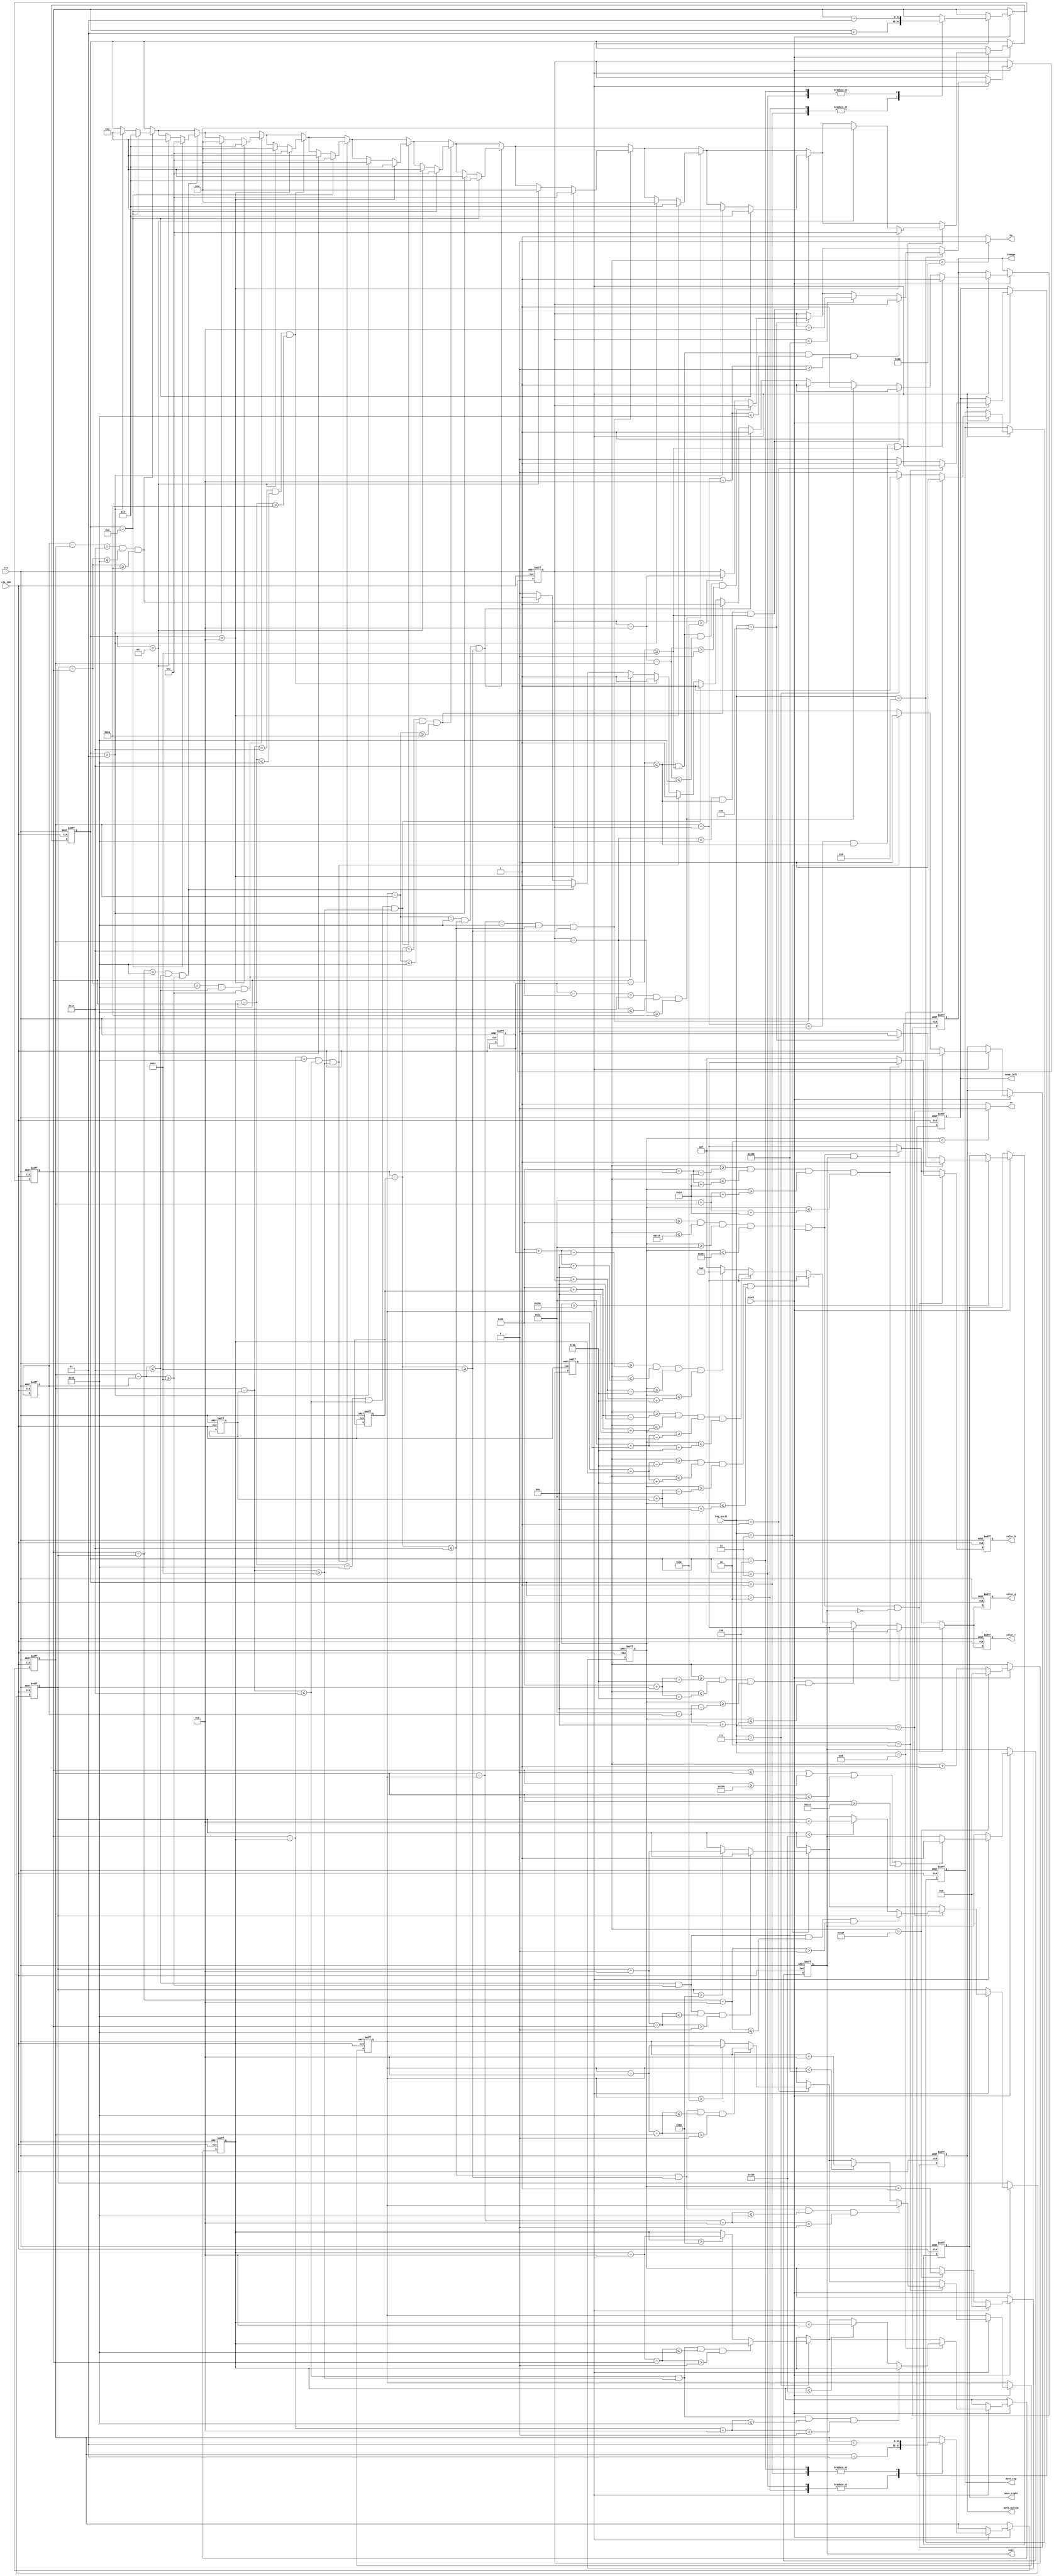
`timescale 1ns / 1ps
//////////////////////////////////////////////////////////////////////////////////
// Company: 
// Engineer: 
// 
// Create Date:
// Design Name: 
// Module Name: zyy_vga
// Project Name: 
// Target Devices: 
// Tool Versions: 
// Description: 
// 
// Dependencies: 
// 
// Revision:
// Revision 0.01 - File Created
// Additional Comments:
// 
//////////////////////////////////////////////////////////////////////////////////

module zyy_vga (clk_25M,rst,start,over,key_ascii,color_r,color_g,color_b,hs,vs,move_top,move_bottom,move_left,move_right,change);
input clk_25M;               // 25M
input rst;                   // 
input start;                 // 
output reg over;             // 
input [7:0] key_ascii;       // 
output reg [3:0] color_r;    // 
output reg [3:0] color_g;    // 
output reg [3:0] color_b;    // 
output hs;                   // 
output vs;                   // 

output reg move_top;            // 
output reg move_bottom;         // 
output reg move_left;           // 
output reg move_right;          // 
output reg change;              // 

// 
parameter HS_SYNC = 96;         // 
parameter HS_BACK = 48;         // 
parameter HS_ACTIVE = 640;      // 
parameter HS_FRONT = 16;        // 

parameter VS_SYNC = 2;          // 
parameter VS_BACK = 33;         // 
parameter VS_ACTIVE = 480;      // 
parameter VS_FRONT = 10;        // 

parameter TOTAL_ROWS = 525;     // 
parameter TOTAL_COLS = 800;     // 

wire law;                       // 
reg [11:0] h_cnt = 0;           // 
reg [11:0] v_cnt = 0;           // 

// 
assign hs = (h_cnt < HS_SYNC)? 0 : 1;
assign vs = (v_cnt < VS_SYNC)? 0 : 1;
assign law = (h_cnt >= (HS_SYNC + HS_BACK)) &&                 
             (h_cnt <= (HS_SYNC + HS_BACK + HS_ACTIVE)) && 
             (v_cnt >= (VS_SYNC + VS_BACK)) &&
             (v_cnt <= (VS_SYNC + VS_BACK + VS_ACTIVE));

// 
integer length_block = 40;                     // 
integer width_block = 40;                      // 
integer X_block = 50;                          // X
integer Y_block = 50;                          // Y
integer length_board = 100;                    // 
integer width_board = 20;                      // 
integer X_board_bottom = 320;                  // X
integer Y_board_bottom = 450;                  // Y
integer X_board_top = 320;                     // X
integer Y_board_top = 10;                      // Y
integer X_board_left = 10;                     // X
integer Y_board_left = 240;                    // Y
integer X_board_right = 630;                   // X
integer Y_board_right = 240;                   // Y
integer direction = 1;                         //   


// 
always @(posedge clk_25M or negedge rst) begin
    if(!rst) begin
        h_cnt <= 0;
    end
    else if(start) begin
        if(h_cnt == TOTAL_COLS - 1) begin      // 
            h_cnt <= 0;
        end
        else begin
            h_cnt <= h_cnt + 1;
        end
    end
end

// 
always @(posedge clk_25M or negedge rst) begin
    if(!rst) begin
        v_cnt <= 0;
        over <= 0;
        X_block <= 50;
        Y_block <= 50;
        X_board_bottom <= 320;
        Y_board_bottom <= 450;
        X_board_top <= 320;
        Y_board_top <= 10;
        X_board_left <= 10;
        Y_board_left <= 240;
        X_board_right <= 630;
        Y_board_right <= 240;
        direction <= 1;
        move_top <= 0;
        move_bottom <= 0;
        move_left <= 0;
        move_right <= 0;
        change <= 0;
    end
    else if(start) begin
        if(v_cnt == TOTAL_ROWS - 1) begin          // 
            v_cnt <= 0;
            // 
            move_top <= 0;
            move_bottom <= 0;
            move_left <= 0;
            move_right <= 0;
            change <= 0;
            // 
           case (direction)
                1: begin
                X_block <= X_block + 1;
                Y_block <= Y_block + 1; 
                end
                2: begin
                X_block <= X_block + 1;
                Y_block <= Y_block - 1; 
                end
                3: begin
                X_block <= X_block - 1;
                Y_block <= Y_block - 1; 
                end
                4: begin
                X_block <= X_block - 1;
                Y_block <= Y_block + 1; 
                end
                default: ; 
            endcase
            // 
            if(key_ascii == 8'd3) begin             // 
                if(Y_block - Y_board_bottom <= (width_board + width_block) / 2 &&
                Y_block - Y_board_bottom >= -(width_board + width_block) / 2 &&
                X_board_bottom - 2 - X_block <= (length_board + length_block) / 2 &&
                X_board_bottom - 2 - X_block > 0) begin
                    X_board_bottom <= X_board_bottom;
                end
                else if(X_board_bottom > length_board / 2 + 30) X_board_bottom <= X_board_bottom - 2;
                else ;
                move_bottom <= 1;
            end
            if(key_ascii == 8'd4) begin             // 
                if(Y_block - Y_board_bottom <= (width_board + width_block) / 2 &&
                Y_block - Y_board_bottom >= -(width_board + width_block) / 2 &&
                X_block - X_board_bottom - 2 <= (length_board + length_block) / 2 &&
                X_block - X_board_bottom - 2 > 0) begin
                    X_board_bottom <= X_board_bottom;
                end
                else if(X_board_bottom < 640 - length_board / 2 - 30) X_board_bottom <= X_board_bottom + 2;
                else ;
                move_bottom <= 1;
            end
            if(key_ascii == 8'd7) begin             // 
                if(Y_block - Y_board_top <= (width_board + width_block) / 2 &&
                Y_block - Y_board_top >= -(width_board + width_block) / 2 &&
                X_board_top - 2 - X_block <= (length_board + length_block) / 2 &&
                X_board_top - 2 - X_block > 0) begin
                    X_board_top <= X_board_top;
                end
                else if(X_board_top > length_board / 2 + 30) X_board_top <= X_board_top - 2;
                else ;
                move_top <= 1;
            end
            if(key_ascii == 8'd8) begin             // 
                if(Y_block - Y_board_top <= (width_board + width_block) / 2 &&
                Y_block - Y_board_top >= -(width_board + width_block) / 2 &&
                X_block - X_board_top - 2 <= (length_board + length_block) / 2 &&
                X_block - X_board_top - 2 > 0) begin
                    X_board_top <= X_board_top;
                end
                else if(X_board_top < 640 - length_board / 2 - 30) X_board_top <= X_board_top + 2;
                else ;
                move_top <= 1;
            end
            if(key_ascii == 8'd1) begin             // 
                if(X_block - X_board_left <= (width_board + width_block) / 2 &&
                X_block - X_board_left >= -(width_board + width_block) / 2 &&
                Y_board_left - 2 - Y_block <= (length_board + length_block) / 2 &&
                Y_board_left - 2 - Y_block > 0) begin
                    Y_board_left <= Y_board_left;
                end
                else if(Y_board_left > length_board / 2 + 10) Y_board_left <= Y_board_left - 2;
                else ;
                move_left <= 1;
            end
            if(key_ascii == 8'd2) begin             // 
                if(X_block - X_board_left <= (width_board + width_block) / 2 &&
                X_block - X_board_left >= -(width_board + width_block) / 2 &&
                Y_block - Y_board_left - 2 <= (length_board + length_block) / 2 &&
                Y_block - Y_board_left - 2 > 0) begin
                    Y_board_left <= Y_board_left;
                end
                else if(Y_board_left < 460 - length_board / 2 - 10) Y_board_left <= Y_board_left + 2;
                else ;
                move_left <= 1;
            end
            if(key_ascii == 8'd5) begin             // 
                if(X_block - X_board_right <= (width_board + width_block) / 2 &&
                X_block - X_board_right >= -(width_board + width_block) / 2 &&
                Y_board_right - 2 - Y_block <= (length_board + length_block) / 2 &&
                Y_board_right - 2 - Y_block > 0) begin
                    Y_board_right <= Y_board_right;
                end
                else if(Y_board_right > length_board / 2 + 10) Y_board_right <= Y_board_right - 2;
                else ;
                move_right <= 1;
            end
            if(key_ascii == 8'd6) begin             // 
                if(X_block - X_board_right <= (width_board + width_block) / 2 &&
                X_block - X_board_right >= -(width_board + width_block) / 2 &&
                Y_block - Y_board_right - 2 <= (length_board + length_block) / 2 &&
                Y_block - Y_board_right - 2 > 0) begin
                    Y_board_right <= Y_board_right;
                end
                else if(Y_board_right < 460 - length_board / 2 - 10) Y_board_right <= Y_board_right + 2;
                else ;
                move_right <= 1;
            end
            
            // 
            // 
            if(Y_board_bottom - Y_block == (width_board + width_block) / 2 &&
            X_board_bottom - X_block <= (length_board + length_block) / 2 && 
            X_board_bottom - X_block >= -(length_board + length_block) / 2) begin
                if(direction == 4) direction <= 3;
                else if(direction == 1) direction <= 2;
                else ;
                change <= 1;
            end
            if(X_block - X_board_bottom == (length_board + length_block) / 2 &&
            Y_block - Y_board_bottom <= (width_board + width_block) / 2 &&
            Y_block - Y_board_bottom >= -(width_board + width_block) / 2) begin
                if(direction == 4) direction <= 1;
                else if(direction == 3) direction <= 2;
                else ;
                change <= 1;
            end
            if(X_board_bottom - X_block == (length_board + length_block) / 2 &&
            Y_block - Y_board_bottom <= (width_board + width_block) / 2 &&
            Y_block - Y_board_bottom >= -(width_board + width_block) / 2) begin
                if(direction == 2) direction <= 3;
                else if(direction == 1) direction <= 4;
                else ;
                change <= 1;
            end
            // 
            if(Y_block - Y_board_top == (width_board + width_block) / 2 &&
            X_board_top - X_block <= (length_board + length_block) / 2 && 
            X_board_top - X_block >= -(length_board + length_block) / 2) begin
                if(direction == 2) direction <= 1;
                else if(direction == 3) direction <= 4;
                else ;
                change <= 1;
            end
            if(X_block - X_board_top == (length_board + length_block) / 2 &&
            Y_block - Y_board_top <= (width_board + width_block) / 2 &&
            Y_block - Y_board_top >= -(width_board + width_block) / 2) begin
                if(direction == 4) direction <= 1;
                else if(direction == 3) direction <= 2;
                else ;
                change <= 1;
            end
            if(X_board_top - X_block == (length_board + length_block) / 2 &&
            Y_block - Y_board_top <= (width_board + width_block) / 2 &&
            Y_block - Y_board_top >= -(width_board + width_block) / 2) begin
                if(direction == 2) direction <= 3;
                else if(direction == 1) direction <= 4;
                else ;
                change <= 1;
            end
            // 
            if(X_block - X_board_left == (width_board + width_block) / 2 &&
            Y_board_left - Y_block <= (length_board + length_block) / 2 && 
            Y_board_left - Y_block >= -(length_board + length_block) / 2) begin
                if(direction == 4) direction <= 1;
                else if(direction == 3) direction <= 2;
                else ;
                change <= 1;
            end
            if(Y_board_left - Y_block == (length_board + length_block) / 2 &&
            X_block - X_board_left <= (width_board + width_block) / 2 &&
            X_block - X_board_left >= -(width_board + width_block) / 2) begin
                if(direction == 4) direction <= 3;
                else if(direction == 1) direction <= 2;
                else ;
                change <= 1;
            end
            if(Y_block - Y_board_left == (length_board + length_block) / 2 &&
            X_block - X_board_left <= (width_board + width_block) / 2 &&
            X_block - X_board_left >= -(width_board + width_block) / 2) begin
                if(direction == 2) direction <= 1;
                else if(direction == 3) direction <= 4;
                else ;
                change <= 1;
            end
            // 
            if(X_board_right - X_block == (width_board + width_block) / 2 &&
            Y_board_right - Y_block <= (length_board + length_block) / 2 && 
            Y_board_right - Y_block >= -(length_board + length_block) / 2) begin
                if(direction == 2) direction <= 3;
                else if(direction == 1) direction <= 4;
                else ;
                change <= 1;
            end
            if(Y_board_right - Y_block == (length_board + length_block) / 2 &&
            X_block - X_board_right <= (width_board + width_block) / 2 &&
            X_block - X_board_right >= -(width_board + width_block) / 2) begin
                if(direction == 4) direction <= 3;
                else if(direction == 1) direction <= 2;
                else ;
                change <= 1;
            end
            if(Y_block - Y_board_right == (length_board + length_block) / 2 &&
            X_block - X_board_right <= (width_board + width_block) / 2 &&
            X_block - X_board_right >= -(width_board + width_block) / 2) begin
                if(direction == 2) direction <= 1;
                else if(direction == 3) direction <= 4;
                else ;
                change <= 1;
            end

            // 
            if(X_block <= 0 || X_block >= 640 || Y_block <= 0 || Y_block >= 460) over <= 1;
        end
        else if(h_cnt == TOTAL_COLS - 1) begin          // 
            v_cnt <= v_cnt + 1;
        end
        else begin
            v_cnt <= v_cnt;
        end
    end
    else ;
end

// 
always @(posedge clk_25M or negedge rst) begin
    if(!rst) begin
       color_r <= 4'b0000;
       color_g <= 4'b0000;
       color_b <= 4'b0000;
    end
    else if(law && start && over == 0) begin                               // 
        // 
        if((h_cnt >= HS_SYNC + HS_BACK + X_block - length_block / 2) &&
        (h_cnt <= HS_SYNC + HS_BACK + X_block + length_block / 2) && 
        (v_cnt >= VS_SYNC + VS_BACK + Y_block - width_block / 2) &&
        (v_cnt <= VS_SYNC + VS_BACK + Y_block + width_block / 2)) begin
            // 
            color_r <= 4'b0000;
            color_g <= 4'b0000;
            color_b <= 4'b0000;
        end
        // 
        // 
        else if((h_cnt >= HS_SYNC + HS_BACK + X_board_bottom - length_board / 2) &&
        (h_cnt <= HS_SYNC + HS_BACK + X_board_bottom + length_board / 2) && 
        (v_cnt >= VS_SYNC + VS_BACK + Y_board_bottom - width_board / 2) &&
        (v_cnt <= VS_SYNC + VS_BACK + Y_board_bottom + width_board / 2)) begin
            // 
            color_r <= 4'b0000;
            color_g <= 4'b0000;
            color_b <= 4'b1111;
        end
        // 
        else if((h_cnt >= HS_SYNC + HS_BACK + X_board_top - length_board / 2) &&
        (h_cnt <= HS_SYNC + HS_BACK + X_board_top + length_board / 2) && 
        (v_cnt >= VS_SYNC + VS_BACK + Y_board_top - width_board / 2) &&
        (v_cnt <= VS_SYNC + VS_BACK + Y_board_top + width_board / 2)) begin
            // 
            color_r <= 4'b0000;
            color_g <= 4'b0000;
            color_b <= 4'b1111;
        end
        // 
        else if((h_cnt >= HS_SYNC + HS_BACK + X_board_left - width_board / 2) &&
        (h_cnt <= HS_SYNC + HS_BACK + X_board_left + width_board / 2) && 
        (v_cnt >= VS_SYNC + VS_BACK + Y_board_left - length_board / 2) &&
        (v_cnt <= VS_SYNC + VS_BACK + Y_board_left + length_board / 2)) begin
            // 
            color_r <= 4'b0000;
            color_g <= 4'b0000;
            color_b <= 4'b1111;
        end
        // 
        else if((h_cnt >= HS_SYNC + HS_BACK + X_board_right - width_board / 2) &&
        (h_cnt <= HS_SYNC + HS_BACK + X_board_right + width_board / 2) && 
        (v_cnt >= VS_SYNC + VS_BACK + Y_board_right - length_board / 2) &&
        (v_cnt <= VS_SYNC + VS_BACK + Y_board_right + length_board / 2)) begin
            // 
            color_r <= 4'b0000;
            color_g <= 4'b0000;
            color_b <= 4'b1111;
        end
        // 
        else begin
            // 
            color_r <= 4'b1111;
            color_g <= 4'b1111;
            color_b <= 4'b1111;
        end
    end
    else if(law && start && over) begin
        // 
        color_r <= 4'b1111;
        color_g <= 4'b1111;
        color_b <= 4'b1111;
    end
    else begin                                      // 
        color_r <= 4'b0000;
        color_g <= 4'b0000;
        color_b <= 4'b0000;
    end
end

endmodule